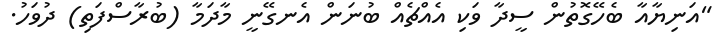
"އަނިޔާއާ ބެހޭގޮތުން ސީދާ ވަކި އެއްޗެއް ބުނަން އެނގޭނީ މާދަމާ (ބުރާސްފަތި) ދުވަހު.